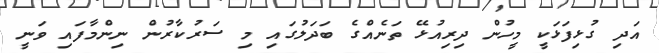
އަދި ގުޅިފަޅަކީ މީހުން ދިރިއުޅޭ ތަނެއްގެ ބަދަލުގައި މި ސަރުކާރުން ނިންމާފައި ވަނީ